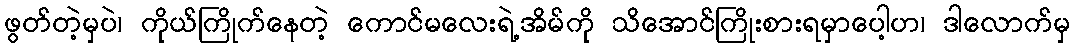
ဖွတ်တဲ့မှပဲ၊ ကိုယ်ကြိုက်နေတဲ့ ကောင်မလေးရဲ့အိမ်ကို သိအောင်ကြိုးစားရမှာပေါ့ဟ၊ ဒါလောက်မှ